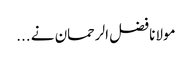
مولانا فضل الرحمان نے ...